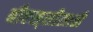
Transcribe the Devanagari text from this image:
बीएस्‌सीसाठी